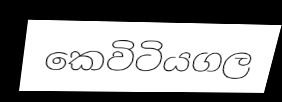
කෙවිටියගල